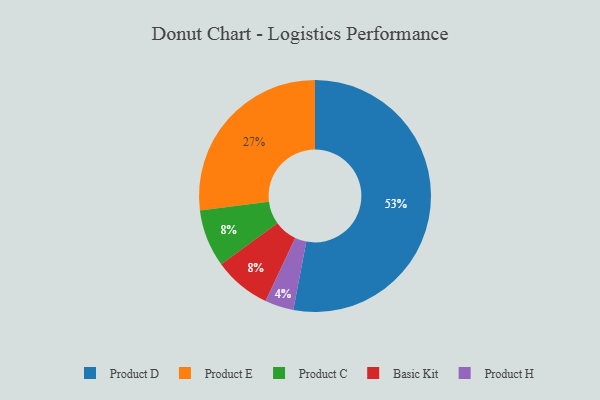
{"axis": {"x": "Category", "y": "Percentage"}, "legend": ["Basic Kit", "Product C", "Product D", "Product E", "Product H"], "data": [{"x": "Product H", "y": 4, "type": "Product H"}, {"x": "Product E", "y": 27, "type": "Product E"}, {"x": "Product D", "y": 53, "type": "Product D"}, {"x": "Product C", "y": 8, "type": "Product C"}, {"x": "Basic Kit", "y": 8, "type": "Basic Kit"}]}